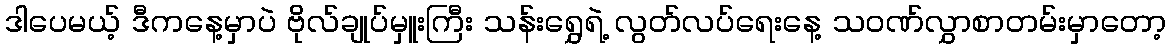
ဒါပေမယ့် ဒီကနေ့မှာပဲ ဗိုလ်ချုပ်မှူးကြီး သန်းရွှေရဲ့ လွတ်လပ်ရေးနေ့ သဝဏ်လွှာစာတမ်းမှာတော့